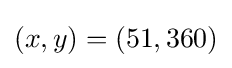
(x,y)=(51,360)